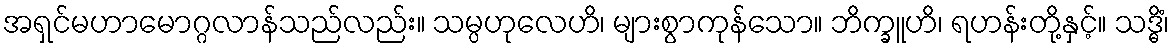
အရှင်မဟာမောဂ္ဂလာန်သည်လည်း။ သမ္ပဟုလေဟိ၊ များစွာကုန်သော။ ဘိက္ခူဟိ၊ ရဟန်းတို့နှင့်။ သဒ္ဓိံ၊